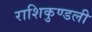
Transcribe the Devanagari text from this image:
राशिकुण्डली